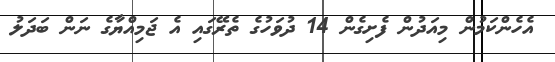
އެހެންކަމުން މިއަދުން ފެށިގެން 14 ދުވަހުގެ ތެރޭގައި އެ ޖަމިއްޔާގެ ނަން ބަދަލު